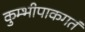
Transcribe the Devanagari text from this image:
कुम्भीपाकगतं